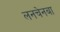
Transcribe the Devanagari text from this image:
लनचेनबा